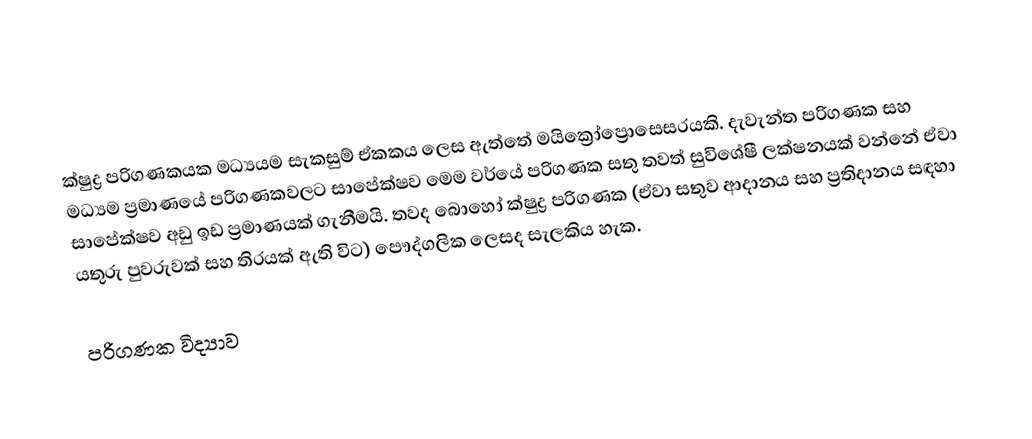
ක්ෂුද්‍ර පරිගණකයක මධ්‍යයම සැකසුම් ඒකකය ලෙස ඇත්තේ මයික්‍රෝප්‍රොසෙසරයකි. දැවැන්ත පරිගණක සහ මධ්‍යම ප්‍රමාණයේ පරිගණකවලට සාපේක්ෂව මෙම වර්යේ පරිගණක සතු තවත් සුවිශේෂී ලක්ෂනයක් වන්නේ ඒවා සාපේක්ෂව අඩු ඉඩ ප්‍රමාණයක් ගැනීමයි. තවද බොහෝ ක්ෂුද්‍ර පරිගණක (ඒවා සතුව ආදානය සහ ප්‍රතිදානය සඳහා යතුරු පුවරුවක් සහ තිරයක් ඇති විට) පෞද්ගලික ලෙසද සැලකිය හැක.

පරිගණක විද්‍යාව